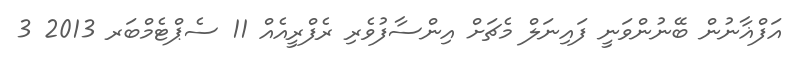
އަފްޣާނުން ބޭނުންވަނީ ފައިނަލް މެޗަށް އިންސާފުވެރި ރެފްރީއެއް 11 ސެޕްޓެމްބަރ 2013 3